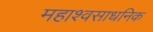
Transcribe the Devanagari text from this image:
महाश्वसाधनिक